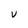
Character: U